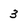
Character: 3